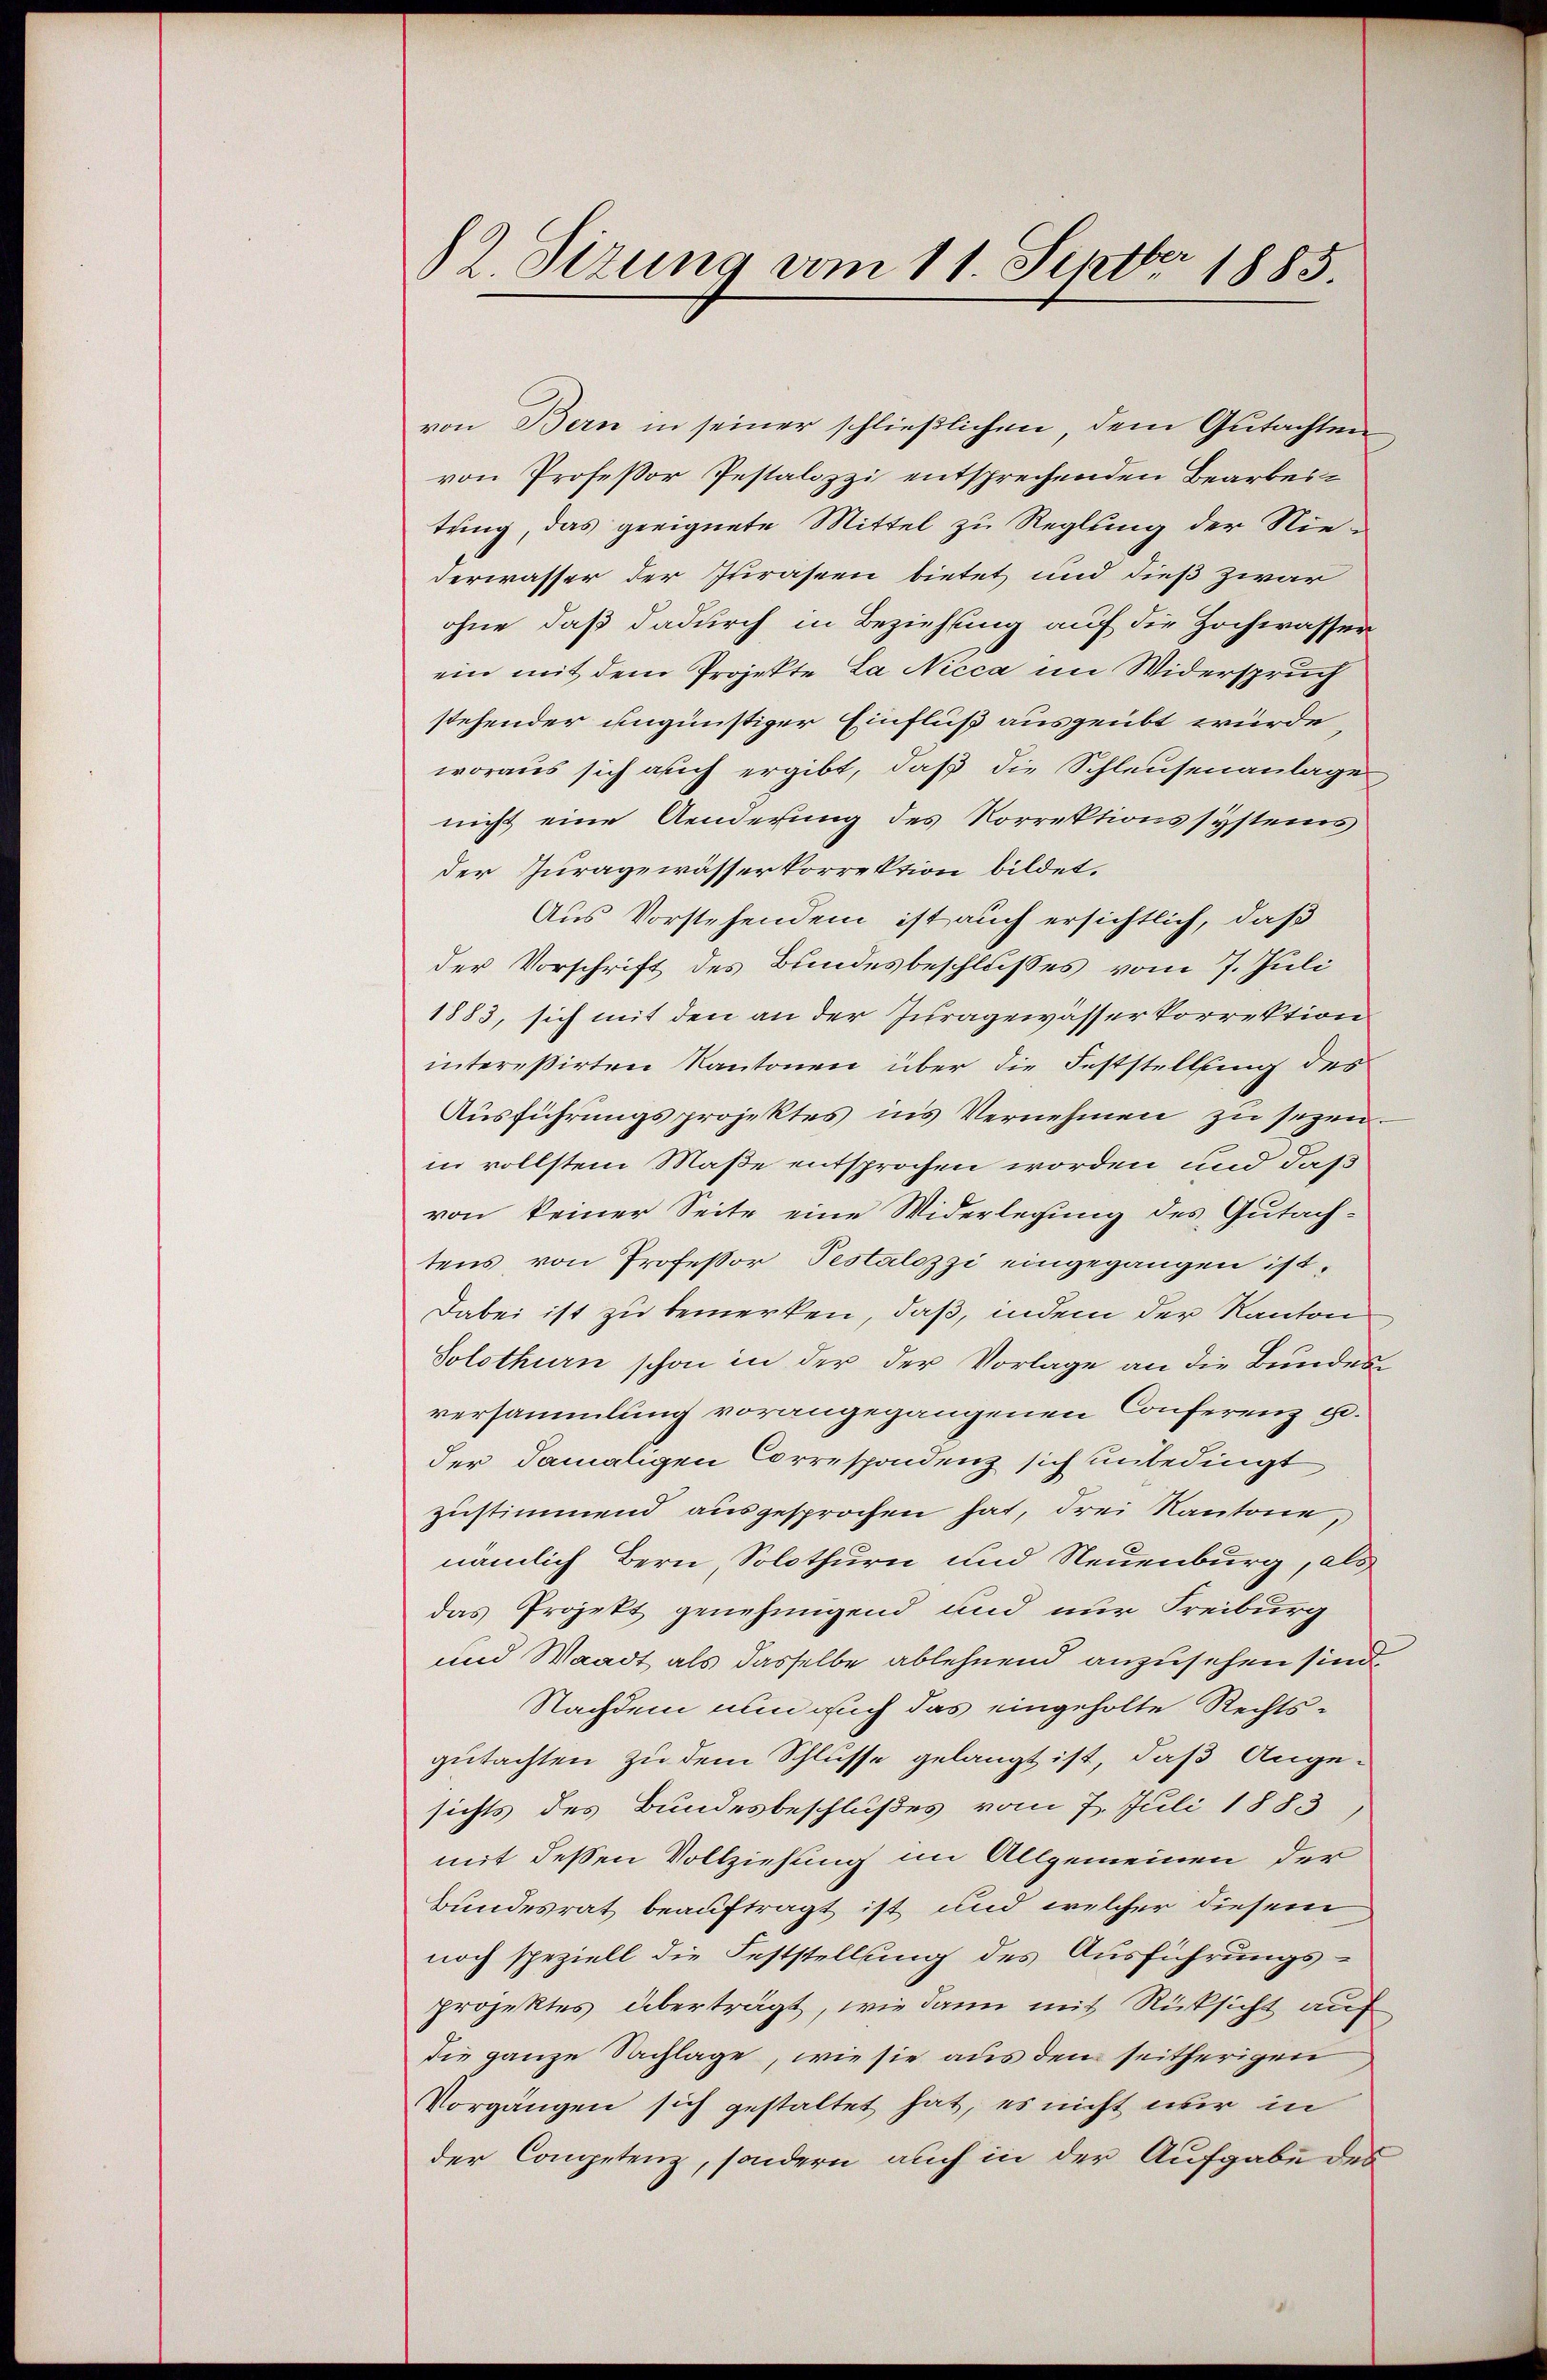
12. dirung vom 11. Septbr. 1885.

von Bern in seiner schließlichen, dem Gutachten
von Professor Pestalozzi entsprechenden Bearbeitung, das geeignete Mittel zu Reglung der Niederwasser der Jurassen bietet und dieß zwar
ohne, daß dadurch in Beziehung auf die Hochwasser
ein mit dem Projekte La Nicca im Widerspruch
stehender ungünstiger Einfluß ausgeübt wurde
woraus sich auch ergibt, daß die Schleusenanlage
nicht eine Aenderung des Korrektionssystems
der Juragewässerkorrektion bildet.
Aus Vorstehendem ist auch ersichtlich, daß
der Vorschrift des Bundesbeschlusses vom 7. Juli
1883, sich mit den an der Juragewässer korrektion
intereßirten Kantonen über die Feststellung des
Ausführungsprojektes ins Vernehmen zu sezen.
in vollstem Maße entsprochen worden und daß
von keiner Seite eine Widerlegung des Gutachtens von Professor Pestalozzi eingegangen ist.
Dabei ist zu bemerken, daß, indem der Kanton
Solothurn schon in der der Vorlage an die Bunden
versammlung vorangegangenen Conferenz u.
der damaligen Correspondenz sich unbedingt
zustimmend ausgesprochen hat, drei Kantone,
nämlich Bern, Solothurn und Neuenburg, als
das Projekt genehmigend und nur Freiburg
und Waadt als dasselbe ablehnend anzusehen sind,
Nachdem nun auch das eingeholte Rechtsgutachten zu dem Schlusse gelangt ist, daß Ange-
sichts des Bundesbeschlußes vom 7. Juli 1883
mit dessen Vollziehung im Allgemeinen der
Bundesrat beauftragt ist und welcher diesem
noch speziell die Feststellung des Ausführungsprojektes überträgt, wie dann mit Rücksicht auf
die ganze Nachlage, wie sie aus den seitherigen
Vorgängen sich gestaltet hat, es nicht nur in
der Competenz, sondern auch in der Aufgabe des